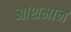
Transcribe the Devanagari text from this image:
आशमान